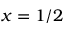
x = 1 / 2